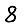
Digit: 8